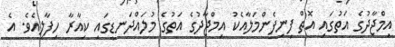
އިމްޖާދުގެ އަތުގައި އޮތް ފިނިފެންމަލާއެކު އިމްޖާދުގެ އަތުގެ މުލައްދަނޑީގައި ކިއާރާ ހިފާލިއެވެ. އެ